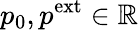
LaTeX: p_{0},p^{\mathrm{ext}}\in\mathbb R